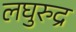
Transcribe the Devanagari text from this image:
लघुरुद्र